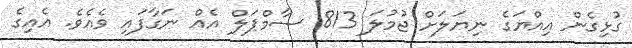
ގުޅިގެން އިއްޔަގެ ނިޔަލަށް ޖުމުލަ 813 ސާމްޕަލް އެއް ނަގާފައި ވެއެވެ. އެއިގެ